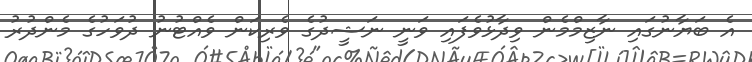
އެ ބަޔާނުގައި ނާޒިމްމެން ވިދާޅުވެފައި ވަނީ ނަޝީދުގެ ވެރިކަން ވެއްޓުނު ދުވަހުގެ މެންދުރު